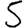
Digit: 5